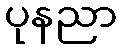
ပုနညာ